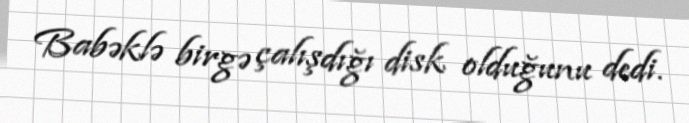
Babəklə birgə çalışdığı disk olduğunu dedi.